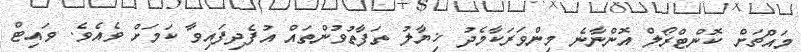
މައްޗަށް ކޮންޓްރޯލް އޮންނާނެ މިންވަރަކާމެދު ޚިޔާލު ތަފާތުވުންތައް އުފެދިފައިވާ ކަމަށް ވެއެވެ. ވައިޓް